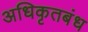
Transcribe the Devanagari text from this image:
अधिकृतबंध